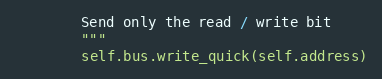
Language: Python
        Send only the read / write bit
        """
        self.bus.write_quick(self.address)